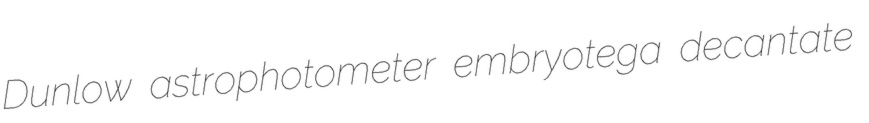
Dunlow astrophotometer embryotega decantate